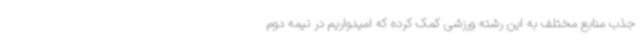
جذب منابع مختلف به این رشته ورزشی کمک کرده که امیدواریم در نیمه دوم